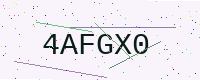
Text: 4AFGX0